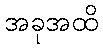
အခုအထိ